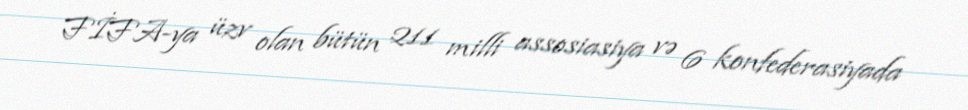
FİFA-ya üzv olan bütün 211 milli assosiasiya və 6 konfederasiyada